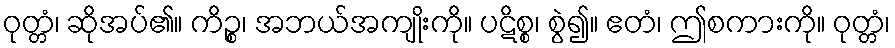
ဝုတ္တံ၊ ဆိုအပ်၏။ ကိဉ္စ၊ အဘယ်အကျိုးကို။ ပဋိစ္စ၊ စွဲ၍။ ဧတံ၊ ဤစကားကို။ ဝုတ္တံ၊